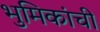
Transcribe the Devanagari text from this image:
भुमिकांची